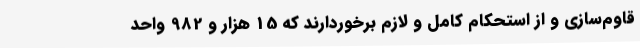
قاوم‌سازی و از استحکام کامل و لازم برخوردارند که 15 هزار و 982 واحد